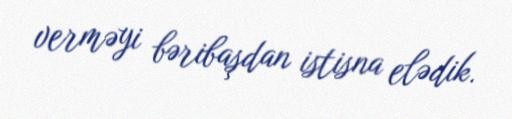
verməyi bəribaşdan istisna elədik.